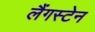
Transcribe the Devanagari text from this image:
लैंगस्टेन